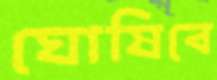
ঘোষিবে